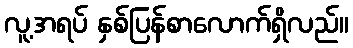
လူ့အရပ် နှစ်ပြန်စာလောက်ရှိလည်။